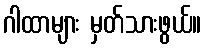
ဂါထာများ မှတ်သားဖွယ်။